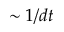
\sim 1 / d t